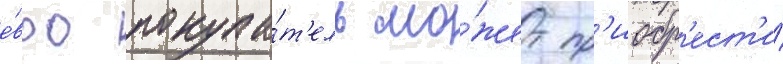
е́вро покупа́т'ель мо́жет пр'иобр'ест'и́